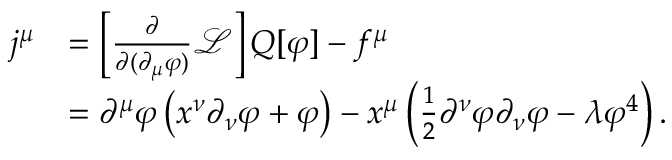
{ \begin{array} { r l } { j ^ { \mu } } & { = \left[ { \frac { \partial } { \partial ( \partial _ { \mu } \varphi ) } } { \mathcal { L } } \right] Q [ \varphi ] - f ^ { \mu } } \\ & { = \partial ^ { \mu } \varphi \left( x ^ { \nu } \partial _ { \nu } \varphi + \varphi \right) - x ^ { \mu } \left( { \frac { 1 } { 2 } } \partial ^ { \nu } \varphi \partial _ { \nu } \varphi - \lambda \varphi ^ { 4 } \right) . } \end{array} }